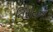
નિરીયન